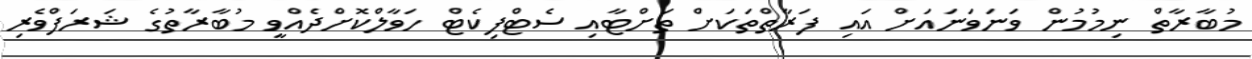
މުބާރާތް ނިމުމުން ވަނަވަނައަށް އައި ފަރާތްތަކަށް ތަށްޓާއި ސެޓްފިކެޓް ހަވާލްކޮށްދެއްވީ މުބާރާތުގެ ޝަރަފްވެރި